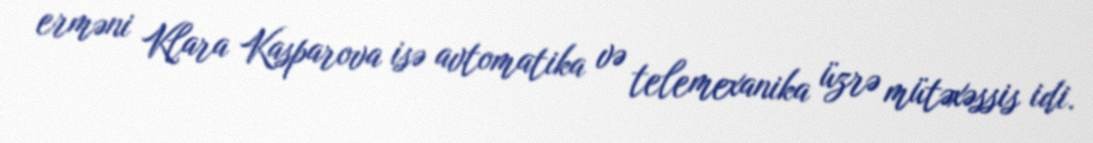
erməni Klara Kasparova isə avtomatika və telemexanika üzrə mütəxəssis idi.